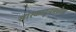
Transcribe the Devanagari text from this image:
सास्काटूनमधील